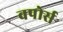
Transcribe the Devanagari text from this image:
वपोर्स